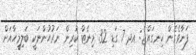
ފަނާވެގެން ހިނގައްޖެ: އދ 7 ގަޑި 32 މިނެޓް ކުރިން ނަރުހުންނަކީ ބަލިމީހާއަށް